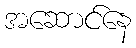
အဆောင်နေ